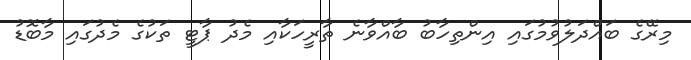
މިރޭގެ ބައްދަލުވުމުގައި އިންތިހާބު ބާއްވާނެ ތާރީހަކާއި މެދު ޕާޓީ ތަކުގެ މެދުގައި މާބޮޑު